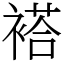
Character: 褡